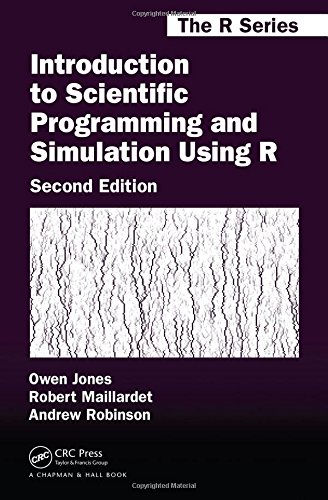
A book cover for Introduction to Scientific Programming and Simulation Using R, Second Edition (Chapman & Hall/CRC The R Series); Owen Jones; Science & Math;